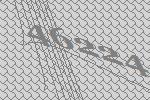
46224